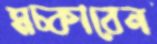
মচ্‌কাবেন